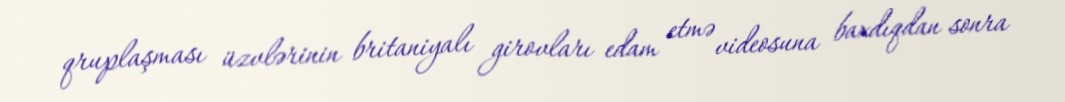
qruplaşması üzvlərinin britaniyalı girovları edam etmə videosuna baxdıqdan sonra